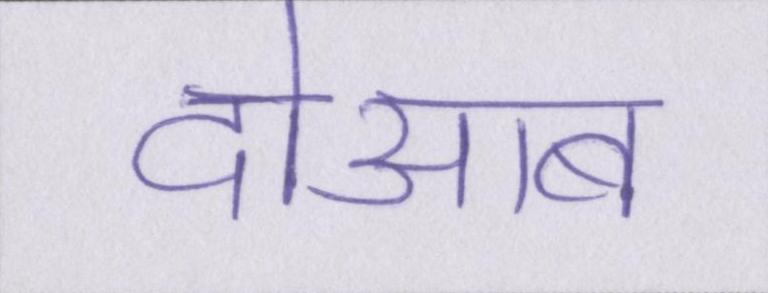
दोआब